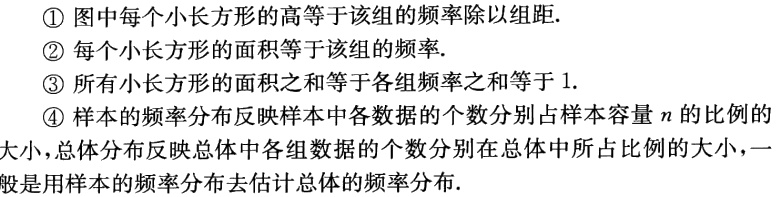
\textcircled{1}图中每个小长方形的高等于该组的频率除以组距.
\textcircled{2}每个小长方形的面积等于该组的频率.
\textcircled{3}所有小长方形的面积之和等于各组频率之和等于 1.
\textcircled{4}样本的频率分布反映样本中各数据的个数分别占样本容量\(n\)的比例的大小，总体分布反映总体中各组数据的个数分别在总体中所占比例的大小，一般是用样本的频率分布去估计总体的频率分布.